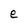
Character: e